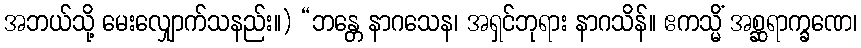
အဘယ်သို့ မေးလျှောက်သနည်း။) “ဘန္တေ နာဂသေန၊ အရှင်ဘုရား နာဂသိန်။ ဧကသ္မိံ အစ္ဆရာက္ခဏေ၊